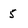
Character: 5